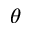
\theta